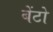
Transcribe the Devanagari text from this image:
बेंटो